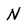
Character: N